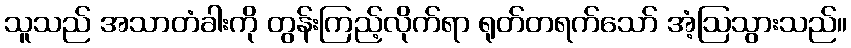
သူသည် အသာတံခါးကို တွန်းကြည့်လိုက်ရာ ရုတ်တရက်သော် အံ့ဩသွားသည်။